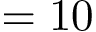
= 1 0